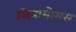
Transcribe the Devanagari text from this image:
सिनामोमस